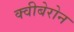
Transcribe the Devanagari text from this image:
क्वीबेरोन